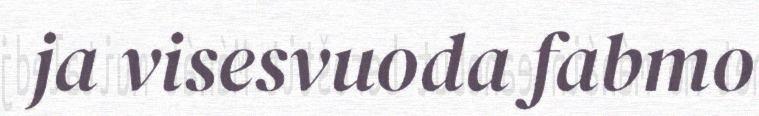
ja visesvuoda fabmo